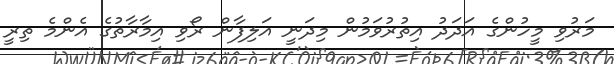
މަރުވި މީހުންގެ އަދަދު އިތުރުވަމުން މިދަނީ އަލިފާން ރޯވި އިމާރާތުގެ އެންމެ ތިރީ